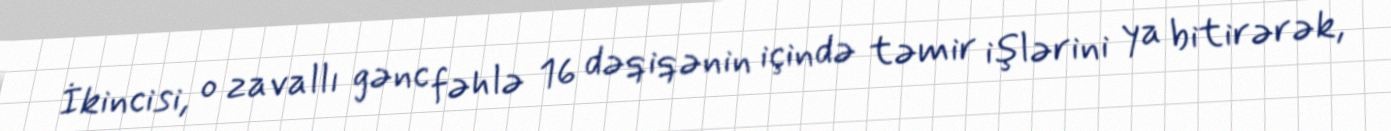
İkincisi, o zavallı gənc fəhlə 16 dəqiqənin içində təmir işlərini ya bitirərək,